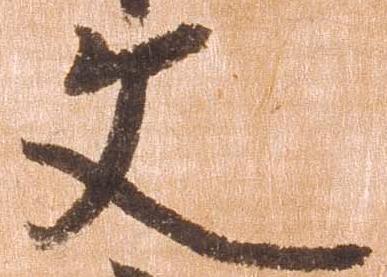
文